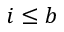
i \leq b